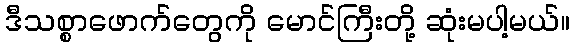
ဒီသစ္စာဖောက်တွေကို မောင်ကြီးတို့ ဆုံးမပါ့မယ်။